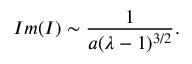
I m ( I ) \sim { \frac { 1 } { a ( \lambda - 1 ) ^ { 3 / 2 } } } .